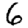
Digit: 6